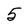
Character: 5